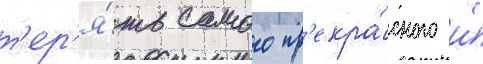
т'ер'я́ть самого пр'екра́сного и́